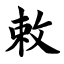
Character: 敕